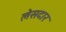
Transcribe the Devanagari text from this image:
लेसदार